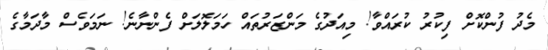
މެދު ފުންކޮށް ފިކުރު ކުރައްވާ! މިއަދުގެ މަންޒަރުތައް ހަމަލޮލަށް ފެންނާނެ! ނަމަވެސް މާދަމާގެ